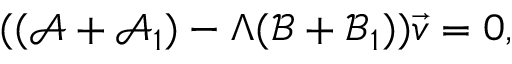
( ( \mathcal { A } + \mathcal { A } _ { 1 } ) - \Lambda ( \mathcal { B } + \mathcal { B } _ { 1 } ) ) \vec { v } = 0 ,